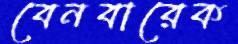
বেনবারেক